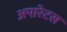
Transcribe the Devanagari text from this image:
अपारेटस